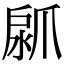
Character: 𤔚